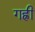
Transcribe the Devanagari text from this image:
गह्री